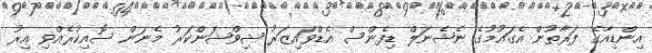
އިންޑިއާގެ ފަރާތުން އެގައުމުގެ ނެޝެނަލް ޑިފެންސް އެޑްވައިޒަރު ޝިވްޝަންކަރު މެނަން ސޮއިކުރެއްވި އިރު